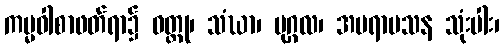
ကမ္မဝါစာဖတ်ရာ၌ ဝတ္ထု၊ သံဃာ၊ ပုဂ္ဂလ၊ အပရာမသန သုံးပါး၊